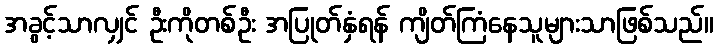
အခွင့်သာလျှင် ဦးကိုတစ်ဦး အပြုတ်နှံရန် ကျိတ်ကြံနေသူများသာဖြစ်သည်။